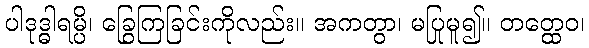
ပါဒုဒ္ဓါရမ္ပိ၊ ခြွေကြခြင်းကိုလည်း။ အကတွာ၊ မပြုမူ၍။ တတ္ထေဝ၊